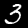
Digit: 3